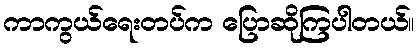
ကာကွယ်ရေးတပ်က ပြောဆိုကြပါတယ်။